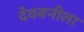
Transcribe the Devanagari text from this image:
देवबनीला